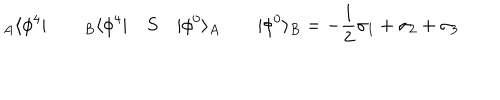
{ } _ { A } \langle \phi ^ { 4 } | \qquad { } _ { B } \langle \phi ^ { 4 } | \quad S \quad | \phi ^ { 0 } \rangle _ { A } \qquad | \phi ^ { 0 } \rangle _ { B } = - \frac { 1 } { 2 } \sigma _ { 1 } + \sigma _ { 2 } + \sigma _ { 3 }